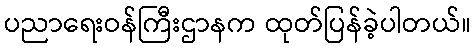
ပညာရေးဝန်ကြီးဌာနက ထုတ်ပြန်ခဲ့ပါတယ်။